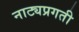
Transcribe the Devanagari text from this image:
नाट्यप्रगती